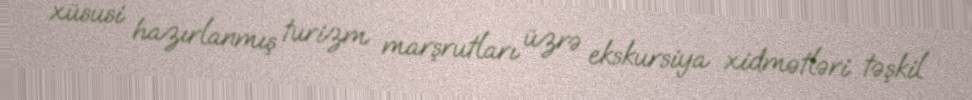
xüsusi hazırlanmış turizm marşrutları üzrə ekskursiya xidmətləri təşkil